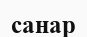
санар